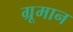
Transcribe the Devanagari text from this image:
ग्रूमान